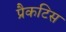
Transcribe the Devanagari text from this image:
प्रैकटिस